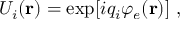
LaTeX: U _ { i } ( { \bf r } ) = \exp [ i q _ { i } \varphi _ { e } ( { \bf r } ) ] \ ,